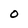
Character: 0